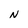
Character: N